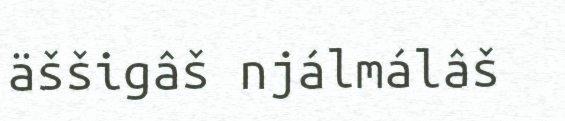
äššigâš njálmálâš